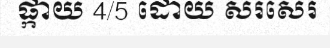
ផ្កាយ 4/5 ដោយ សរសេរ